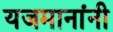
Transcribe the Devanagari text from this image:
यजमानांनी